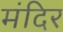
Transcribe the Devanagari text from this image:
मंदिर